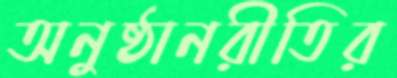
অনুষ্ঠানরীতির